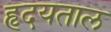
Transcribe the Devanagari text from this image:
हृदयताल